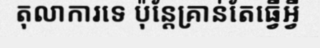
តុលាការទេ ប៉ុន្តែគ្រាន់តែធ្វើអ្វី